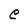
Character: e